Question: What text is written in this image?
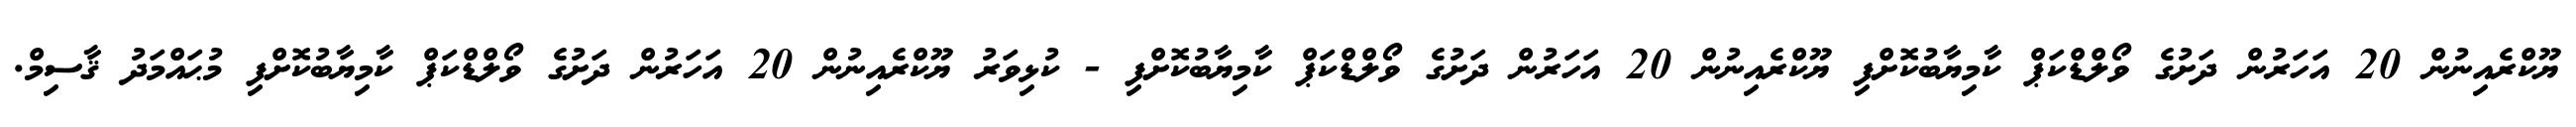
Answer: ޔޫކްރެއިނުން 20 އަހަރުން ދަށުގެ ވޯލްޑްކަޕް ކާމިޔާބުކޮށްފި ޔޫކްރެއިނުން 20 އަހަރުން ދަށުގެ ވޯލްޑްކަޕް ކާމިޔާބުކޮށްފި - ކުޅިވަރު ޔޫކްރެއިނުން 20 އަހަރުން ދަށުގެ ވޯލްޑްކަޕް ކާމިޔާބުކޮށްފި މުޙައްމަދު ޤާސިމް.